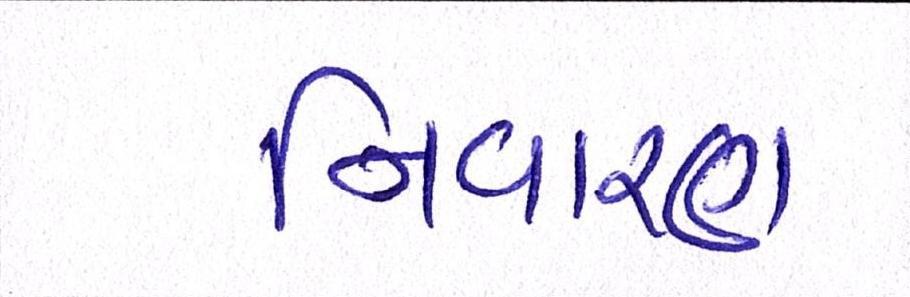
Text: નિવારણ